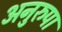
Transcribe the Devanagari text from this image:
अनुरुपा